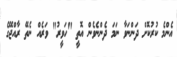
އެންމެ ކުރުކޮށް ދަންނަވާ ނަމަ ދެންނެވެން އޮތީ "ހަވީރު" ވަރެއް ނެތޭ ރާއްޖޭގެ